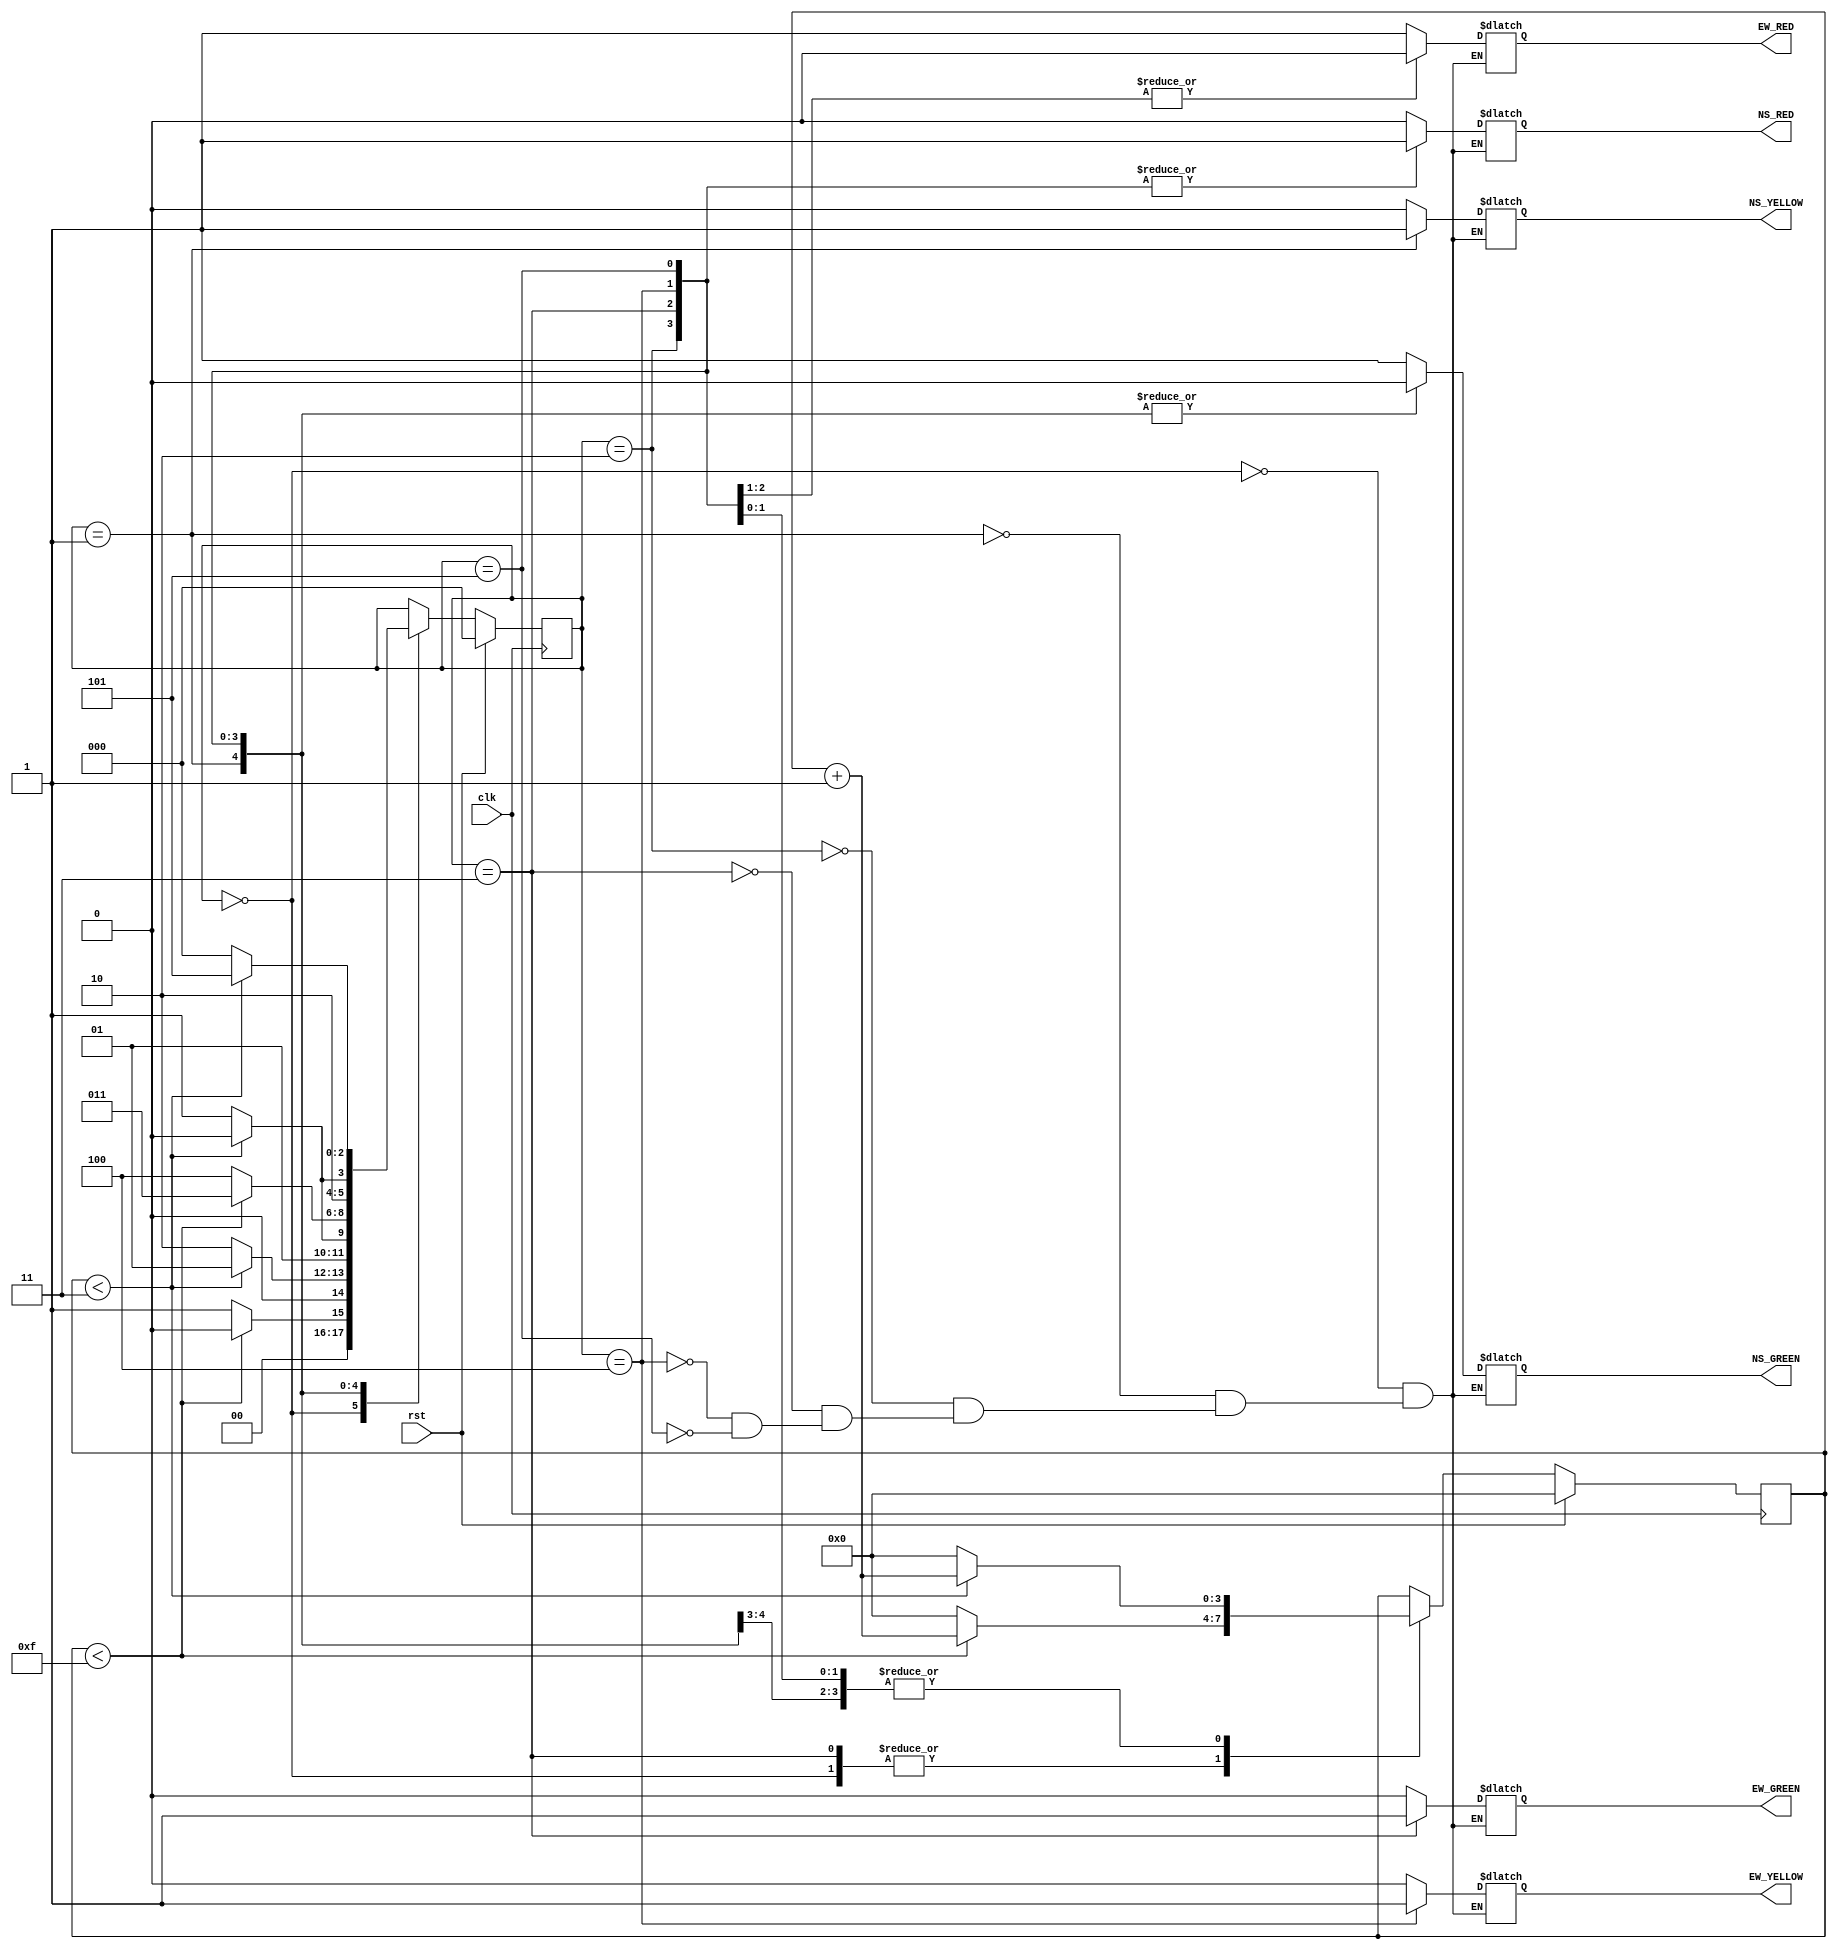
// Code your design here
module RTC(input clk,rst, output reg EW_RED,EW_YELLOW,EW_GREEN,NS_RED,NS_YELLOW,NS_GREEN);
  reg[2:0]state;
  reg[3:0] count;
  parameter s0=3'b000, s1=3'b001, s2=3'b010, s3=3'b011, s4=3'b100, s5=3'b101;
  parameter sec_15 =15, sec_3=3;
  always @(posedge clk)
  if(rst)
    begin
    state <= s0;
    count <= 4'd0;
  end
  else
    begin
    case(state)
      s0:begin
        if(count<sec_15)
          begin
            count <= count +1'b1;
            state <= s0;
          end
        else
          begin
          count <= 0;
          state <= s1;
        end
      end
        s1:begin
        if(count<sec_3)
          begin
            count <= count +1'b1;
            state <= s1;
          end
        else
          begin
          count <= 0;
          state <= s2;
        end
      end
        s2:begin
        if(count<sec_3)
          begin
            count <= count +1'b1;
            state <= s2;
          end
        else
          begin
          count <= 0;
          state <= s3;
        end
      end
        s3:begin
        if(count<sec_15)
          begin
            count <= count +1'b1;
            state <= s3;
          end
        else
          begin
          count <= 0;
          state <= s4;
        end
      end
        s4:begin
        if(count<sec_3)
          begin
            count <= count +1'b1;
            state <= s4;
          end
        else
          begin
          count <= 0;
          state <= s5;
        end
      end
        s5:begin
        if(count<sec_3)
          begin
            count <= count +1'b1;
            state <= s5;
          end
        else
          begin
          count <= 0;
          state <= s0;
        end
      end
      endcase
    end
      always @(state)
      case(state)
        s0:begin
          EW_RED <= 1'b1;
          EW_YELLOW <= 1'b0;
          EW_GREEN <= 1'b0;
          NS_RED <= 1'b0;
          NS_YELLOW <= 1'b0;
          NS_GREEN <= 1'b1;
        end
        s1:begin
          EW_RED <= 1'b1;
          EW_YELLOW <= 1'b0;
          EW_GREEN <= 1'b0;
          NS_RED <= 1'b0;
          NS_YELLOW <= 1'b1;
          NS_GREEN <= 1'b0;
        end
        s2:begin
          EW_RED <= 1'b1;
          EW_YELLOW <= 1'b0;
          EW_GREEN <= 1'b0;
          NS_RED <= 1'b1;
          NS_YELLOW <= 1'b0;
          NS_GREEN <= 1'b0;
        end
        s3:begin
          EW_RED <= 1'b0;
          EW_YELLOW <= 1'b0;
          EW_GREEN <= 1'b1;
          NS_RED <= 1'b1;
          NS_YELLOW <= 1'b0;
          NS_GREEN <= 1'b0;
        end
        s4:begin
          EW_RED <= 1'b0;
          EW_YELLOW <= 1'b1;
          EW_GREEN <= 1'b0;
          NS_RED <= 1'b1;
          NS_YELLOW <= 1'b0;
          NS_GREEN <= 1'b0;
        end
        s5:begin
          EW_RED <= 1'b1;
          EW_YELLOW <= 1'b0;
          EW_GREEN <= 1'b0;
          NS_RED <= 1'b1;
          NS_YELLOW <= 1'b0;
          NS_GREEN <= 1'b0;
        end
      endcase
    endmodule